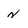
Character: n